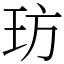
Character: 𤤁